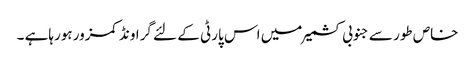
خاص طور سے جنوبی کشمیر میں اس پارٹی کے لئے گراونڈ کمزور ہورہاہے ۔